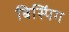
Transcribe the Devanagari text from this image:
बिस्पिंग